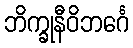
ဘိက္ခုနီဝိဘင်္ဂေ